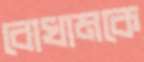
বোখামকে